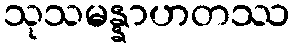
သုသမန္နာဟတဿ